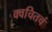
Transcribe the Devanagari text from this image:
क्वचितचं